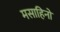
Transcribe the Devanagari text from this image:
मसाहिनो